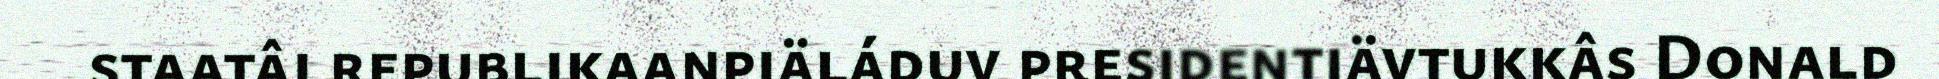
staatâi republikaanpiäláduv presidentiävtukkâs Donald